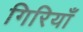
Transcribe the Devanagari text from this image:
गिरियाँ